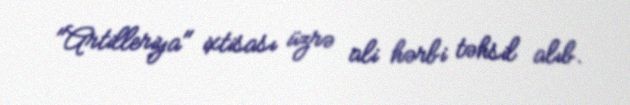
"Artilleriya" ixtisası üzrə ali hərbi təhsil alıb.